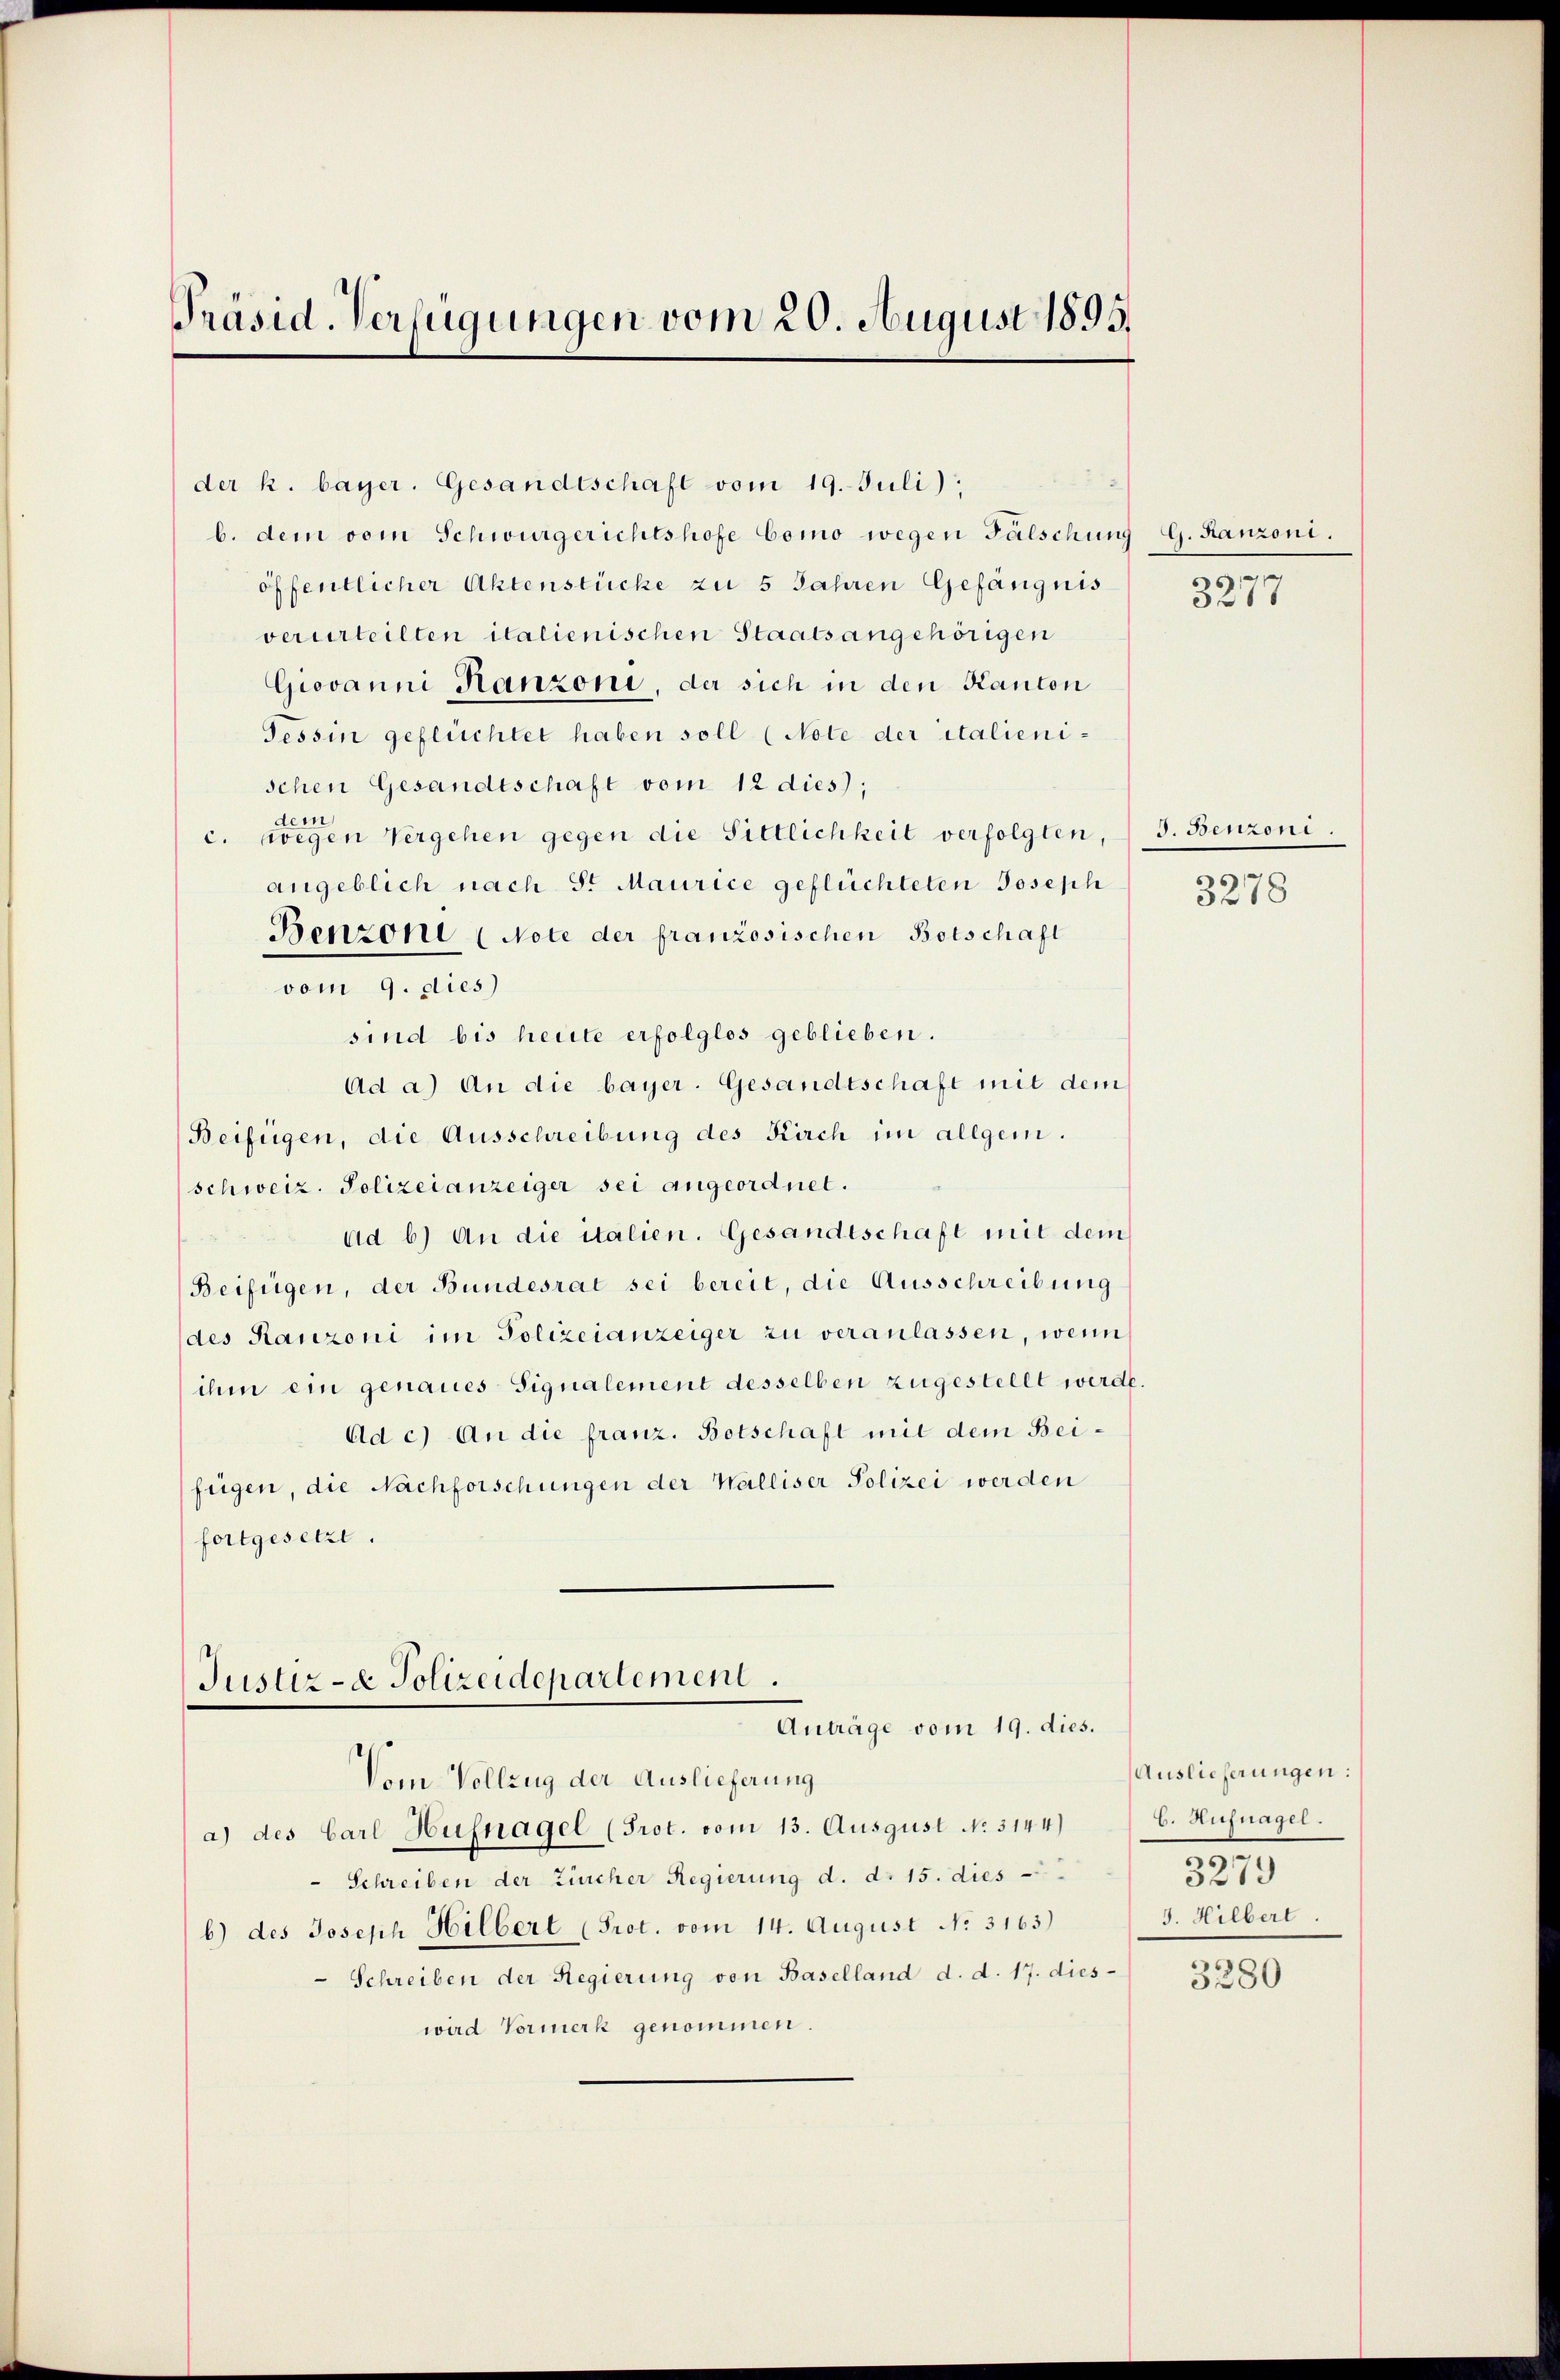
Präsid. Verfügungen vom 20. August 1895.

der k. bayer. Gesandtschaft vom 19. Juli);
b. dem vom Schwurgerichtshofe Como wegen Fälschung G. Kanzoni.
öffentlicher Aktenstücke zu 5 Jahren Gefängnis
verurteilten italienischen Staatsangehörigen
Giovanni Hanzoni, der sich in den Kanton
Tessin geflüchtet haben soll (Note der italienischen Gesandtschaft vom 12 dies);
c. wegen Vergehen gegen die Sittlichkeit verfolgten, 3. Benzoni.
angeblich nach Sr Maurice geflüchteten Joseph
Benzoni (Note der französischen Botschaft
vom 9. dies
sind bis heute erfolglos geblieben.
Ad a) An die bayer. Gesandtschaft mit dem
Beifügen, die Ausschreibung des Kirch im allgem.
schweiz. Polizeianzeiger sei angeordnet.
ad b.) An die italien. Gesandtschaft mit dem
Beifügen, der Bundesrat sei bereit, die Ausschreibung
des Ranzoni im Polizeianzeiger zu veranlassen, wenn
ihm ein genaues Signalement desselben zugestellt werde.
Ad c) An die franz. Botschaft mit dem Beifügen, die Nachforschungen der Walliser Polizei werden
fortgesetze.
Justiz- & Polizeidepartement.
Anträge vom 19. dies.
Vom Vollzug der Auslieferung
a) des Carl Hufnagel (Prot. vom 13. Ausgust No. 3144)
Schreiben der Zürcher Regierung d. d. 15. dies
b) des Joseph Hilbert (Prot. vom 14. August No. 3163)
Schreiben der Regierung von Baselland d. d. 17. dieswird Vormerk genommen.

3277

3278

Auslieferungen:
b. Aufnagel.
3279
3. Hilbert.

)
3280